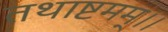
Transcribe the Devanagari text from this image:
तथाष्टमम्।।